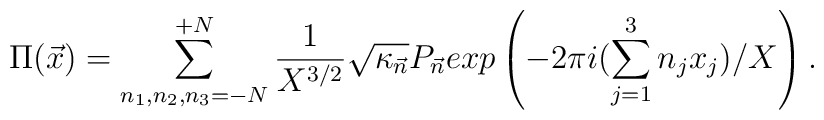
\Pi({\vec x}) = \sum_{n_1,n_2,n_3=-N}^{+N} \frac{1}{X^{3/2}}{\sqrt{\kappa_{\vec{n}}}} P_{\vec{n}} exp\left(-2\pi i(\sum_{j=1}^{3} n_j x_j)/X \right).